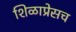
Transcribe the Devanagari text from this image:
शिळाप्रेसच